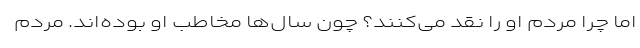
اما چرا مردم او را نقد می‌کنند؟ چون سال‌ها مخاطب او بوده‌اند. مردم